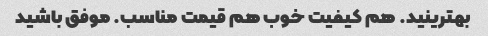
بهترینید. هم کیفیت خوب هم قیمت مناسب. موفق باشید